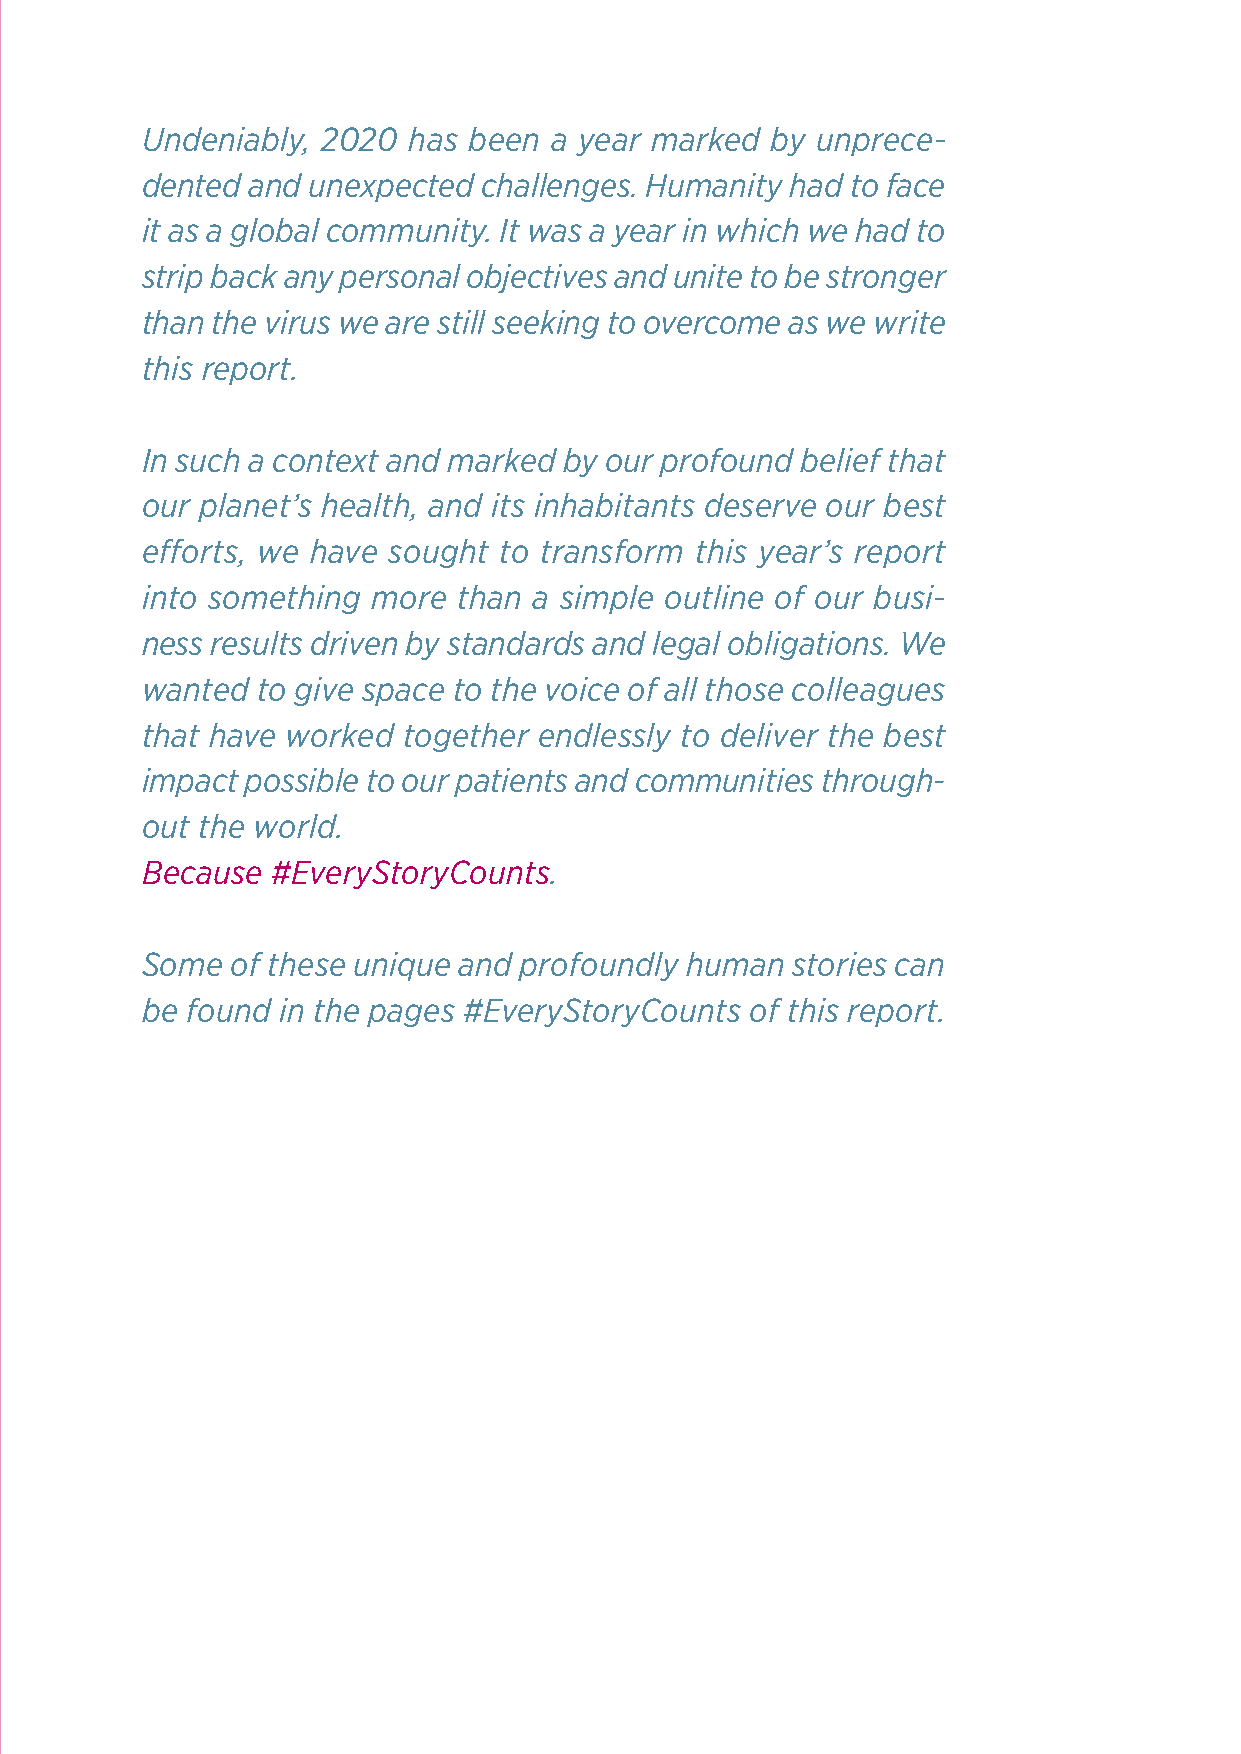
Undeniably, 2020  has been a year marked  by unprece-
 dented and unexpected  challenges. Humanity had to face
 it as a global community. It was a year in which we had to
 strip back any personal objectives and unite to be stronger
 than the virus we are still seeking to overcome as we write
 this report.
 In such a context and marked by our profound belief that
 our planet’s health, and its inhabitants deserve our best
 efforts, we have sought to transform this year’s report
 into something  more than a simple outline of our busi-
 ness results driven by standards and legal obligations. We
 wanted  to give space to the voice of all those colleagues
 that have worked  together endlessly to deliver the best
 impact possible to our patients and communities through-
 out the world.
 Because  #EveryStoryCounts.
 Some  of these unique and profoundly human stories can
 be found in the pages #EveryStoryCounts  of this report.